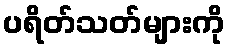
ပရိတ်သတ်များကို